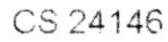
CS 24146